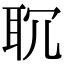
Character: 𦕍